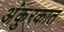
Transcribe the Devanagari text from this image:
अंकुरकात